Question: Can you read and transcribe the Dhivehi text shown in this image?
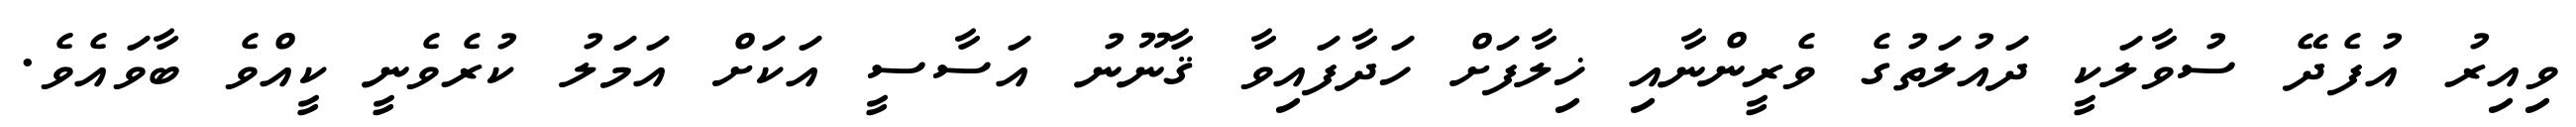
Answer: ވިއިރު އުފެދޭ ސުވާލަކީ ދައުލަތުގެ ވެރީންނާއި ޚިލާފަށް ހަދާފައިވާ ޤާނޫނު އަސާސީ އަކަށް އަމަލު ކުރެވެނީ ކީއްވެ ބާވައެވެ.